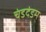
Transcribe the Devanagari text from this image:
चंडदंडम्